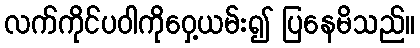
လက်ကိုင်ပဝါကိုဝှေ့ယမ်း၍ ပြနေမိသည်။